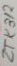
Text: ZTK312